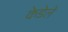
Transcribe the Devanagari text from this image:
केडेले